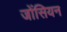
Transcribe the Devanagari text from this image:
जोंसियन